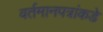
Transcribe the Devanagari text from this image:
वर्तमानपत्रांकडे